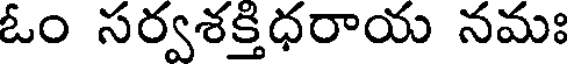
ఓం సర్వశక్తిధరాయ నమః